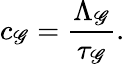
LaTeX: c_{\mathscr{G}}={\frac{{\Lambda_{\mathscr{G}}}}{{\tau_{\mathscr{G}}}}}.